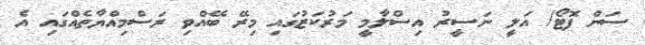
ސަން ފޮޓޯ/ އަލީ ނަސީރު އިސްލާމީ މަރުކަޒުގައި މިރޭ ބޭއްވި ރަސްމިއްޔާތެއްގައި އެ